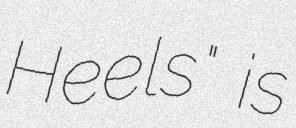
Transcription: Heels" is